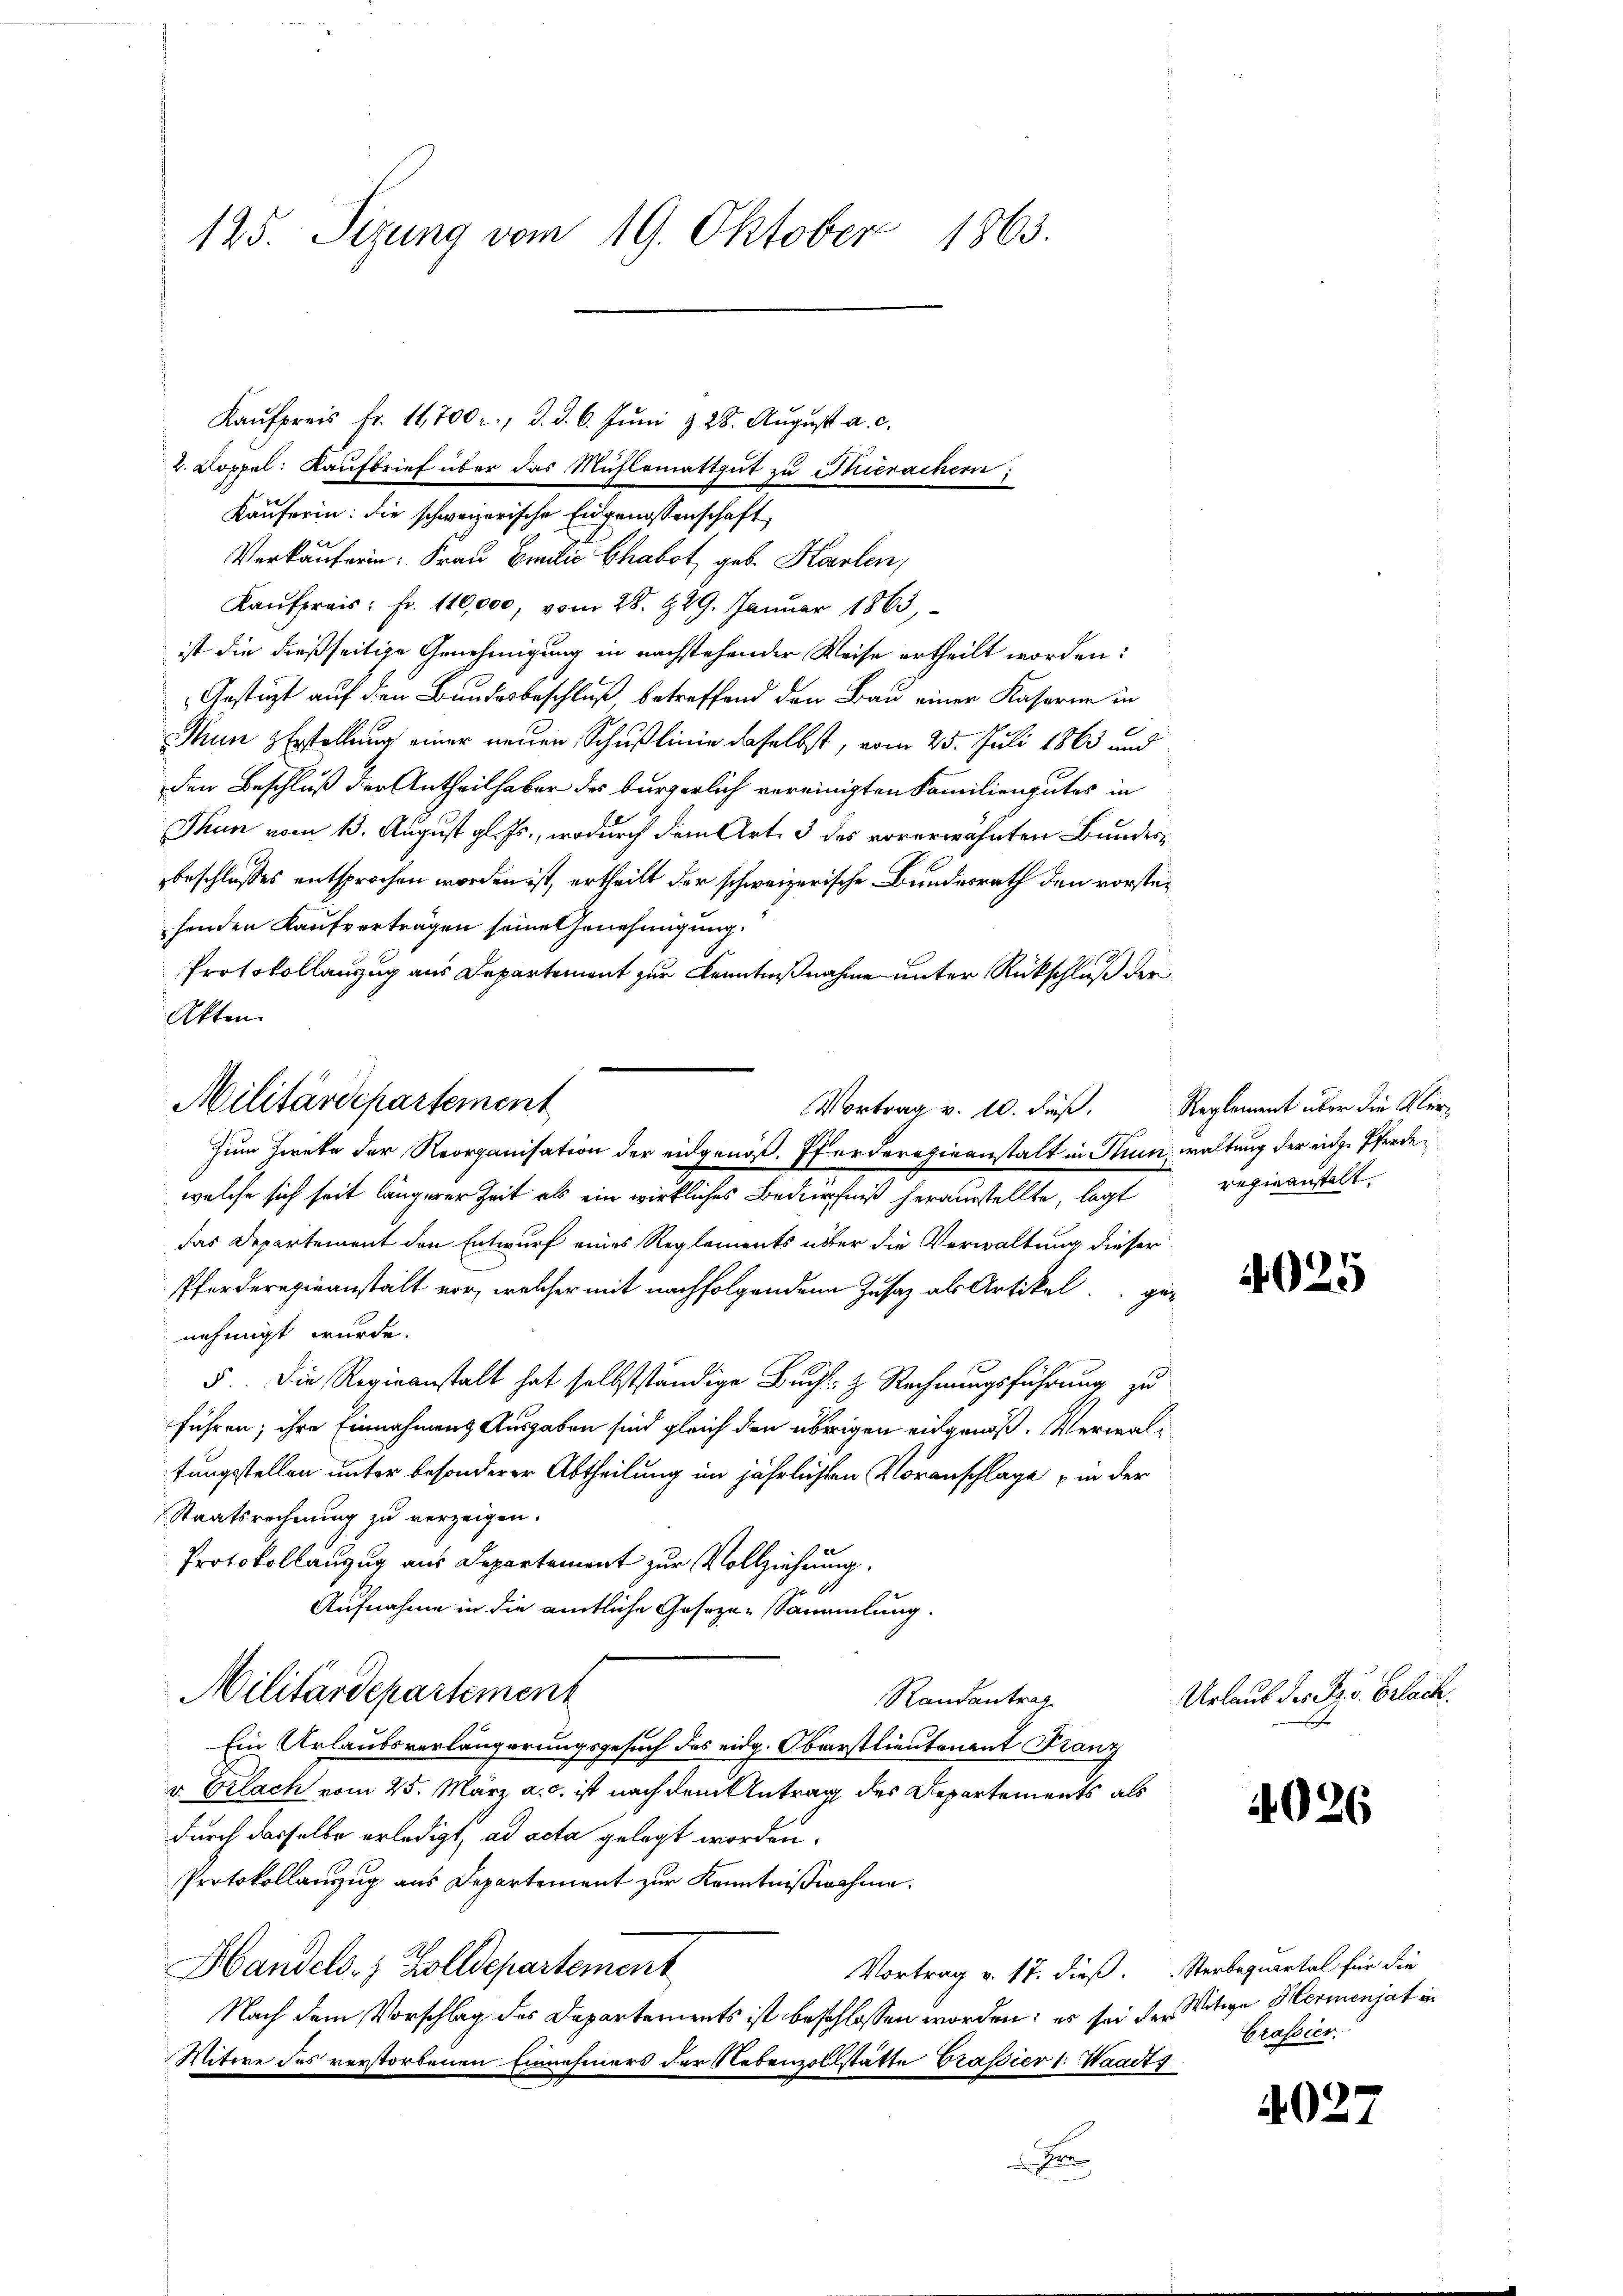
125. Sizung vom 19. Oktober 1863.

Kaŭfpreis Fr. 11,700 r. d. d. 6. Jŭni & 28. Aŭgŭst a. c.
. Doppel: Kaufbrief über das Mühlemattgut zu Thierachern
Käuferin: die schweizerische Eidgenossenschaft
Verkäuferin: Frau Emilie Chabot, geb. Karlen,
Kaŭfpreis: Fr. 110,000, vom 28. 929. Januar 1863,
ist die dießseitige Genehmigung in nachstehender Weise ertheilt worden:
Gestützt auf den Bundesbeschluß betreffend den Bau einer Kaserne in
Thun Erstellung einer neuen Schußlinie daselbst, vom 25. Juli 1863 und
den Beschluß der Antheilhaber des bürgerlich vereinigten Familiengutes in
Thun vom 13. August gl. Js., wodurch dem Art. 3 des vorerwähnten Bundesbeschlusses entsprochen worden ist, ertheilt der schweizerische Bundesrath den vorsteihenden Kaufverträgen seine Genehmigung.
Protokollanzug aus Departement zur Kenntnißnahme unter Rückschluß der
Akten.
welche sich seit längerer Zeit als ein wirkliches Bedürfniß herausstellte, legt
das Departement den Entwurf eines Reglements über die Verwaltung dieser
Pferderegieanstalt vor, welcher mit nachfolgenden Zusatz als Artikel genehmigt wurde.
5. Die Regieanstalt hat selbstständige Buch z. Rechnungsführung zu
führen; ihre Einnahmens Ausgaben sind gleich den übrigen eidgenoß. Verwalfungsstellen unter besonderer Abtheilung im jährlichten Voranschlage in der
Staatsrechnung zu verzeigen.
Protokollauzug aus Departement zur Vollziehung.
Z 60
Aufnahme in die amtliche Geseze-Sammlung.
Militärdepartement
Randantrag
Ein Urlaubsverlängerungsgesuch des eidg. Oberstlieutenant Franz
v. Vrlach vom 25. März a. c. ist nach dem Antrag des Departements als
durch dasselbe erledigt, ad acta gelegt worden.
Protokollanzug aus Departement zur Kenntnißnahmen.
Handels- & Zolldepartement
Vortrag v. 17. dieß.
Nach dem Vorschlag des Departements ist beschlossen worden; es sei der Witwe Hermenjat in
Mitere des verstorbenen Einnehmers der Nebenzollstätte Brasier 1. Waadt,

Militärdepartement
Vortrag v. 10. Fuß,
Zum Zweke der Reorganisation der eidgenöß. Pferderegieanstalt in Thun, waltung der eige Pferden

Reglement über die Verregieanstalt,

4025

Urlaub des Pro. Erlach.

4026

Sterbaquartal für die
Grassier.

4027